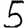
Digit: 5